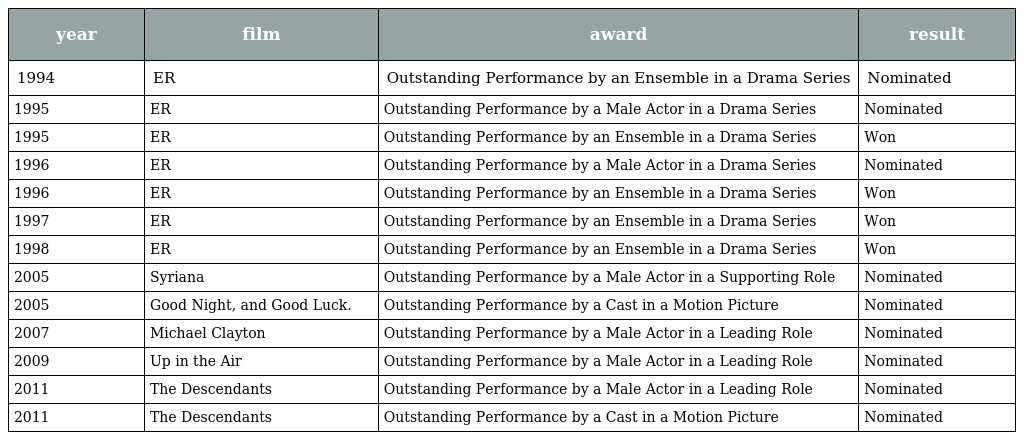
| year | film | award | result |
 | --- | --- | --- | --- |
 | 1994 | ER | Outstanding Performance by an Ensemble in a Drama Series | Nominated |
 | 1995 | ER | Outstanding Performance by a Male Actor in a Drama Series | Nominated |
 | 1995 | ER | Outstanding Performance by an Ensemble in a Drama Series | Won |
 | 1996 | ER | Outstanding Performance by a Male Actor in a Drama Series | Nominated |
 | 1996 | ER | Outstanding Performance by an Ensemble in a Drama Series | Won |
 | 1997 | ER | Outstanding Performance by an Ensemble in a Drama Series | Won |
 | 1998 | ER | Outstanding Performance by an Ensemble in a Drama Series | Won |
 | 2005 | Syriana | Outstanding Performance by a Male Actor in a Supporting Role | Nominated |
 | 2005 | Good Night, and Good Luck. | Outstanding Performance by a Cast in a Motion Picture | Nominated |
 | 2007 | Michael Clayton | Outstanding Performance by a Male Actor in a Leading Role | Nominated |
 | 2009 | Up in the Air | Outstanding Performance by a Male Actor in a Leading Role | Nominated |
 | 2011 | The Descendants | Outstanding Performance by a Male Actor in a Leading Role | Nominated |
 | 2011 | The Descendants | Outstanding Performance by a Cast in a Motion Picture | Nominated |